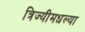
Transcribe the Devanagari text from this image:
त्रिज्यीमधल्या